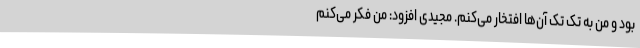
بود و من به تک تک آن‌ها افتخار می‌کنم. مجیدی افزود: من فکر می‌کنم